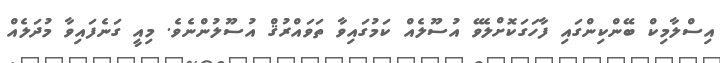
އިސްލާމިކް ބޭންކިންގައި ފާހަގަކޮށްލެވޭ އުސޫލެއް ކަމުގައިވާ ތަވައްރުޤް އުސޫލުންނެވެ. މިއީ ގަނެފައިވާ މުދަލެއް